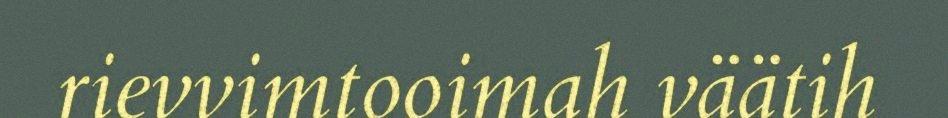
rievvimtooimah väätih